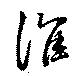
淮